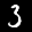
Label: 3